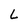
Character: L